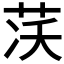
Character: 𦮮